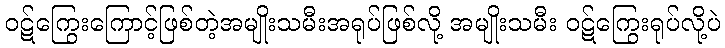
ဝဋ်ကြွေးကြောင့်ဖြစ်တဲ့အမျိုးသမီးအရုပ်ဖြစ်လို့ အမျိုးသမီး ဝဋ်ကြွေးရုပ်လို့ပဲ